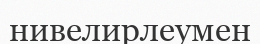
нивелирлеумен